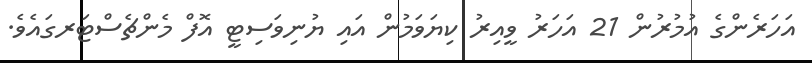
އަހަރެންގެ އުމުރުން 21 އަހަރު ވީއިރު ކިޔަވަމުން އައި ޔުނިވަސިޓީ އޮފް މެންޗެސްޓަރގައެވެ.